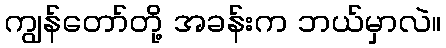
ကျွန်တော်တို့ အခန်းက ဘယ်မှာလဲ။